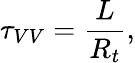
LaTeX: \tau_{VV}=\frac{L}{R_{t}},